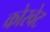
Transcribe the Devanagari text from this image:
कोरवेट